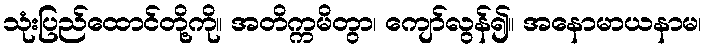
သုံးပြည်ထောင်တို့ကို။ အတိက္ကမိတွာ၊ ကျော်လွန်၍။ အနောမာယနာမ၊